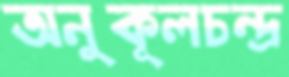
অনুকূলচন্দ্র